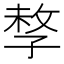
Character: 𡥽